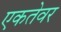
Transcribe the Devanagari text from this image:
एकतेवर